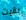
بقيت